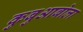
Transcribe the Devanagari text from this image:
कुबुआबोला